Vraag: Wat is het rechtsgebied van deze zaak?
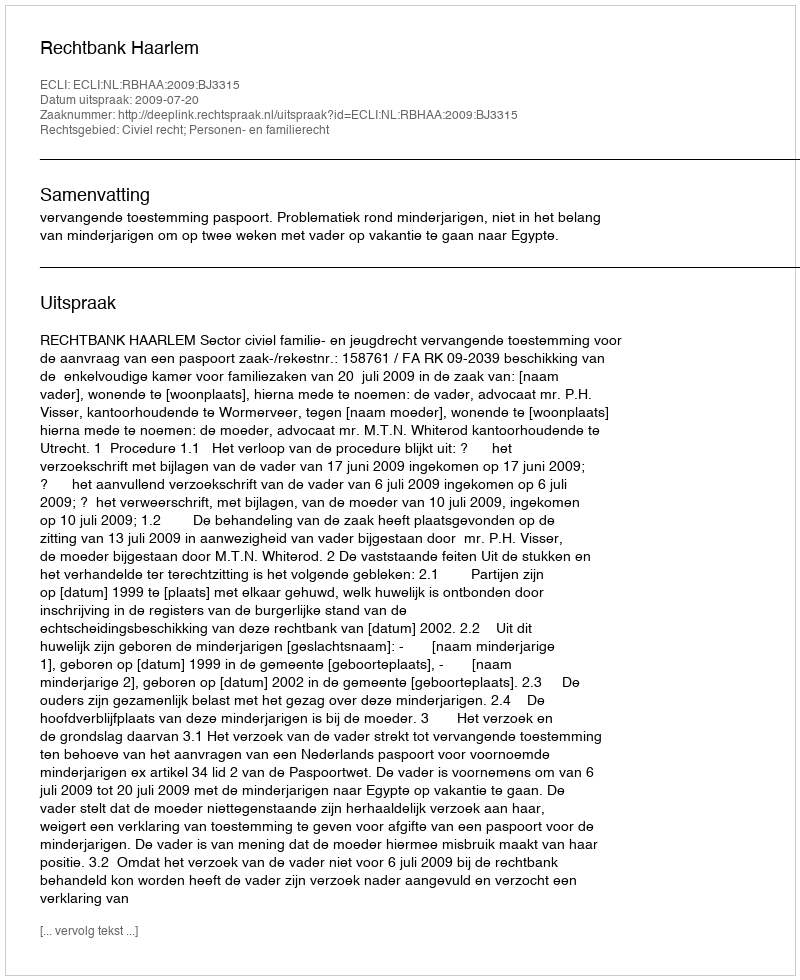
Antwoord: Civiel recht; Personen- en familierecht